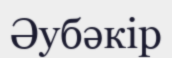
Әубәкір